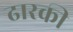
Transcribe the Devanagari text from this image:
ढारकी